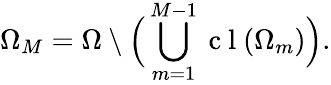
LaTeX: \Omega_{M}=\Omega\setminus\Big(\bigcup_{m=1}^{M-1}\mathrm{~c~l~}(\Omega_{m})\Big).